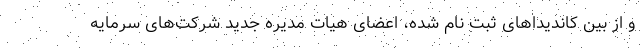
و از بین کاندیداهای ثبت نام شده، اعضای هیات مدیره جدید شرکت‌های سرمایه